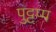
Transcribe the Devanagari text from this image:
पुट्टप्प